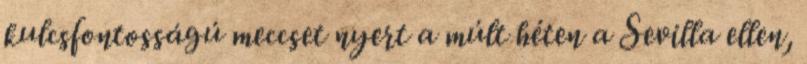
kulcsfontosságú meccset nyert a múlt héten a Sevilla ellen,